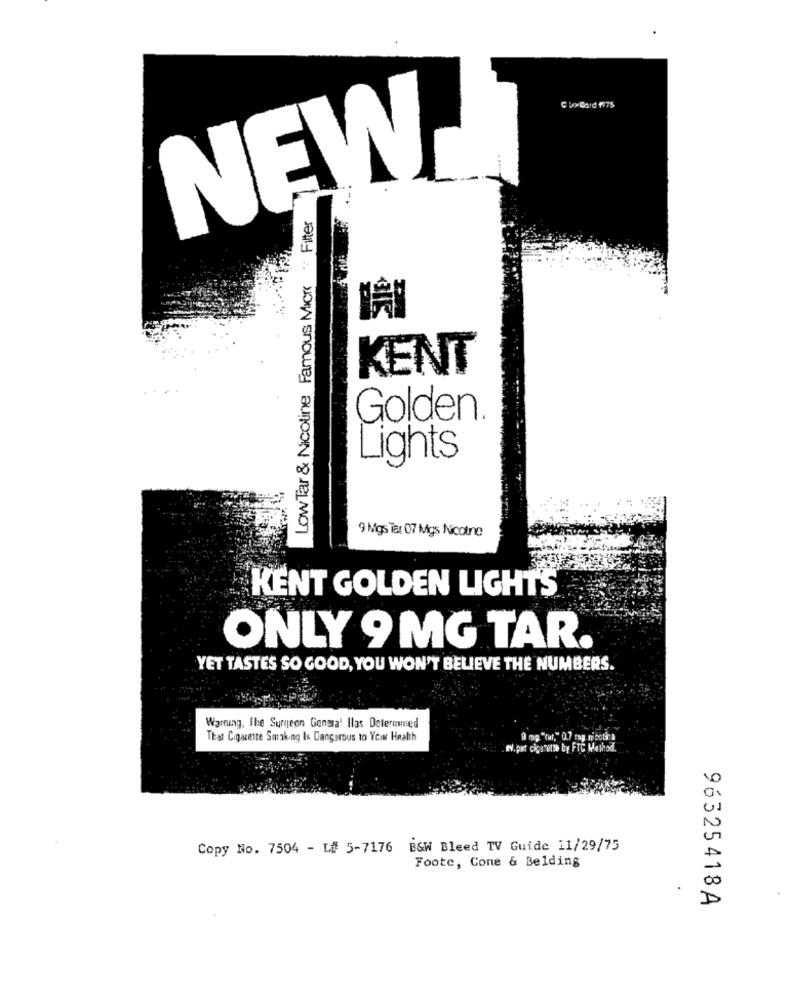
NEW
LowTar & Nicoline Famous Micr : Fitter
GIE
KENT
Golden.
Lights
9 Mgs Tar 07 Mgs Nicotne
KENT GOLDEN LIGHTS
ONLY 9 MG TAR.
YET TASTES SO GOOD, YOU WON'T BELIEVE THE NUMBERS.
Warning: The Surgeon General Ilas Determined
That Cigarette Smoking Is Dangerous to Your Health
9 mg "tur," 0.7 mg nicotina
IV. pat cigarette by FIC Method
01
Copy No. 7504 - L# 5-7176 B&W Bleed TV Guide 11/29/75
Foote, Cone & Belding
D
96325418A